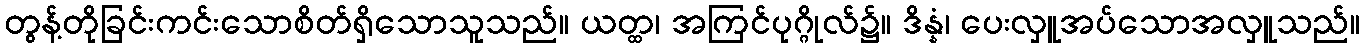
တွန့်တိုခြင်းကင်းသောစိတ်ရှိသောသူသည်။ ယတ္ထ၊ အကြင်ပုဂ္ဂိုလ်၌။ ဒိန္နံ၊ ပေးလှူအပ်သောအလှူသည်။